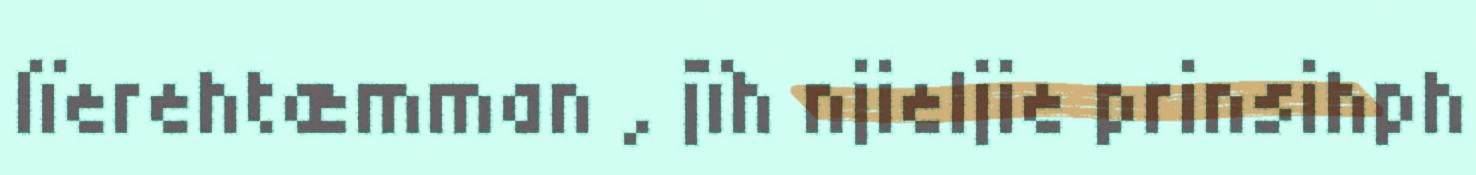
lïerehtæmman , jïh njieljie prinsihph